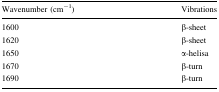
| Wavenumber (cm−1) | Vibrations |
 | --- | --- |
 | 1600 | β-sheet |
 | 1620 | β-sheet |
 | 1650 | α-helisa |
 | 1670 | β-turn |
 | 1690 | β-turn |